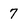
Character: 7